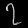
Digit: ၇